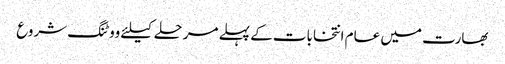
بھارت میں عام انتخابات کے پہلے مرحلے کیلئے ووٹنگ شروع